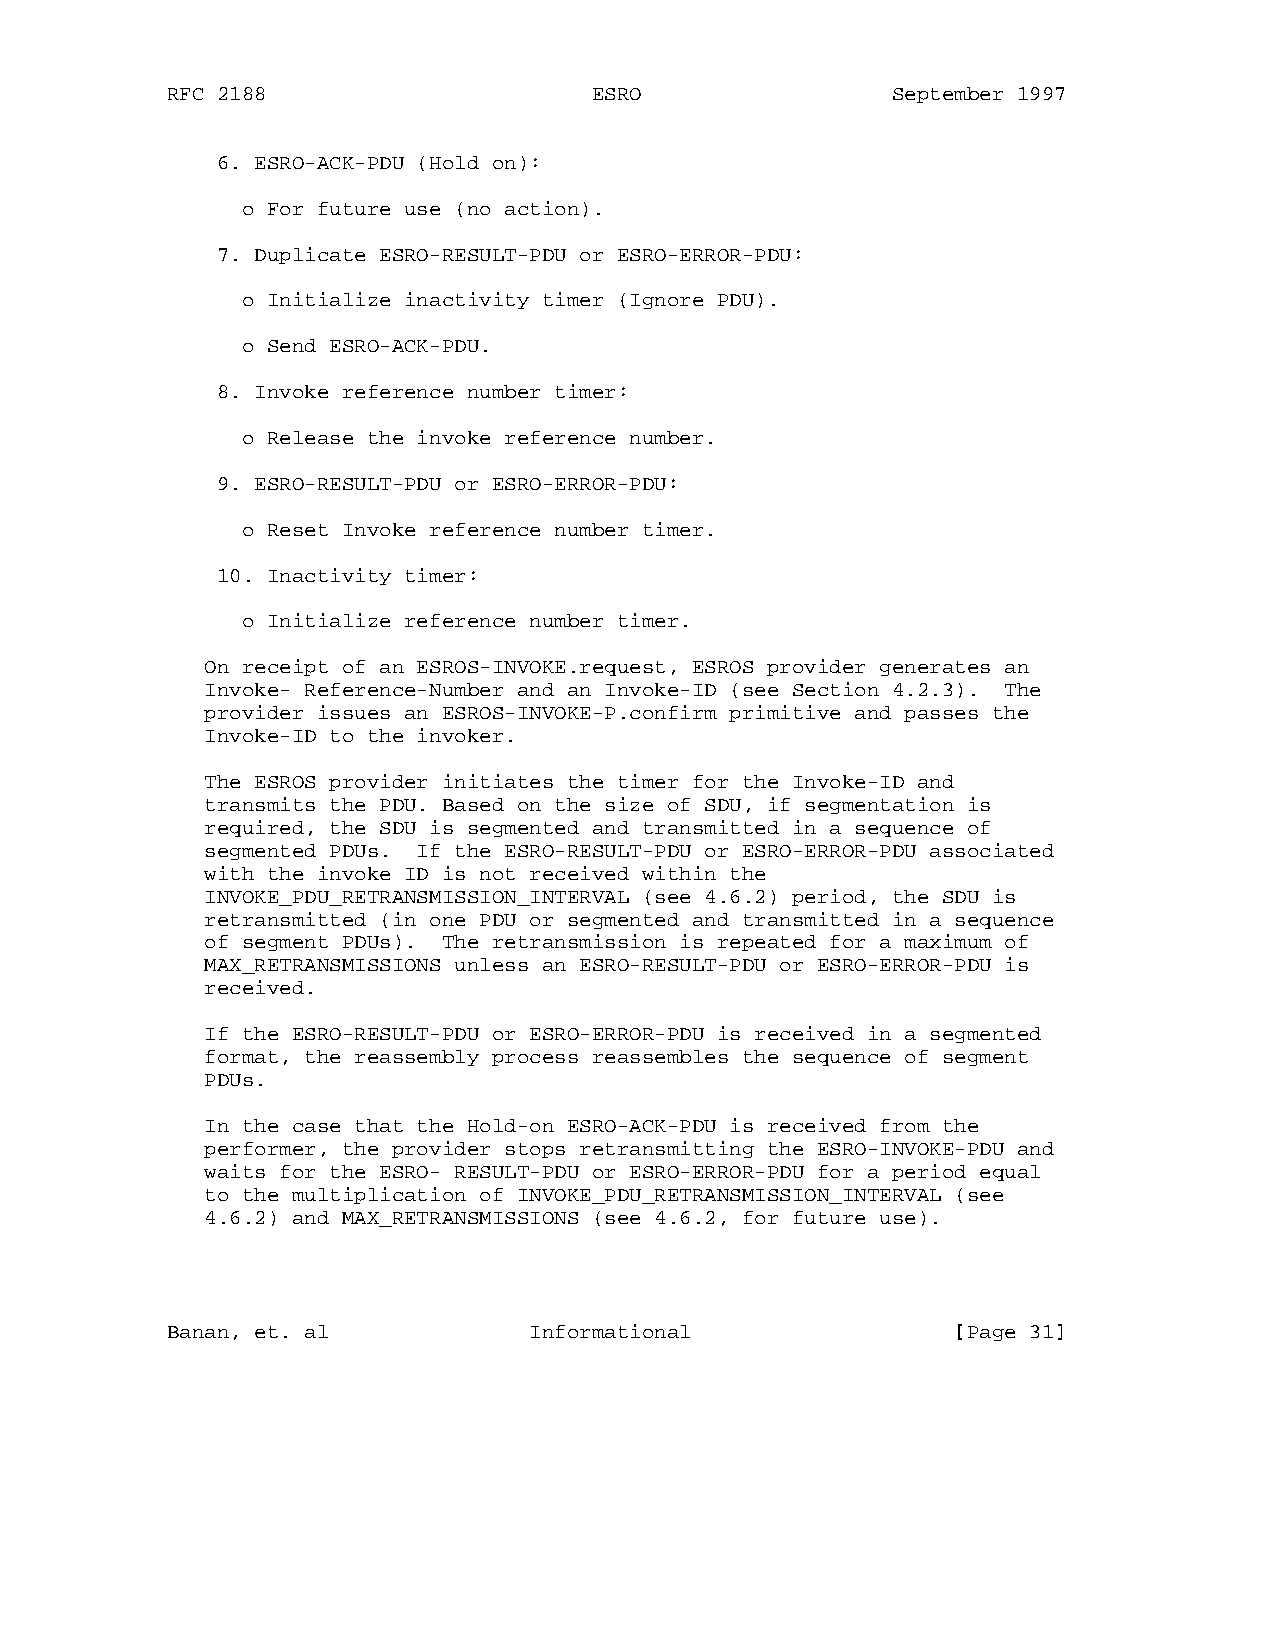
RFC 2188                    ESRO                September 1997
 6. ESRO-ACK-PDU (Hold on):
 o For future use (no action).
 7. Duplicate ESRO-RESULT-PDU or ESRO-ERROR-PDU:
 o Initialize inactivity timer (Ignore PDU).
 o Send ESRO-ACK-PDU.
 8. Invoke reference number timer:
 o Release the invoke reference number.
 9. ESRO-RESULT-PDU or ESRO-ERROR-PDU:
 o Reset Invoke reference number timer.
 10. Inactivity timer:
 o Initialize reference number timer.
 On receipt of an ESROS-INVOKE.request, ESROS provider generates an
 Invoke- Reference-Number and an Invoke-ID (see Section 4.2.3). The
 provider issues an ESROS-INVOKE-P.confirm primitive and passes the
 Invoke-ID to the invoker.
 The ESROS provider initiates the timer for the Invoke-ID and
 transmits the PDU. Based on the size of SDU, if segmentation is
 required, the SDU is segmented and transmitted in a sequence of
 segmented PDUs. If the ESRO-RESULT-PDU or ESRO-ERROR-PDU associated
 with the invoke ID is not received within the
 INVOKE_PDU_RETRANSMISSION_INTERVAL (see 4.6.2) period, the SDU is
 retransmitted (in one PDU or segmented and transmitted in a sequence
 of segment PDUs). The retransmission is repeated for a maximum of
 MAX_RETRANSMISSIONS unless an ESRO-RESULT-PDU or ESRO-ERROR-PDU is
 received.
 If the ESRO-RESULT-PDU or ESRO-ERROR-PDU is received in a segmented
 format, the reassembly process reassembles the sequence of segment
 PDUs.
 In the case that the Hold-on ESRO-ACK-PDU is received from the
 performer, the provider stops retransmitting the ESRO-INVOKE-PDU and
 waits for the ESRO- RESULT-PDU or ESRO-ERROR-PDU for a period equal
 to the multiplication of INVOKE_PDU_RETRANSMISSION_INTERVAL (see
 4.6.2) and MAX_RETRANSMISSIONS (see 4.6.2, for future use).
 Banan, et. al           Informational               [Page 31]